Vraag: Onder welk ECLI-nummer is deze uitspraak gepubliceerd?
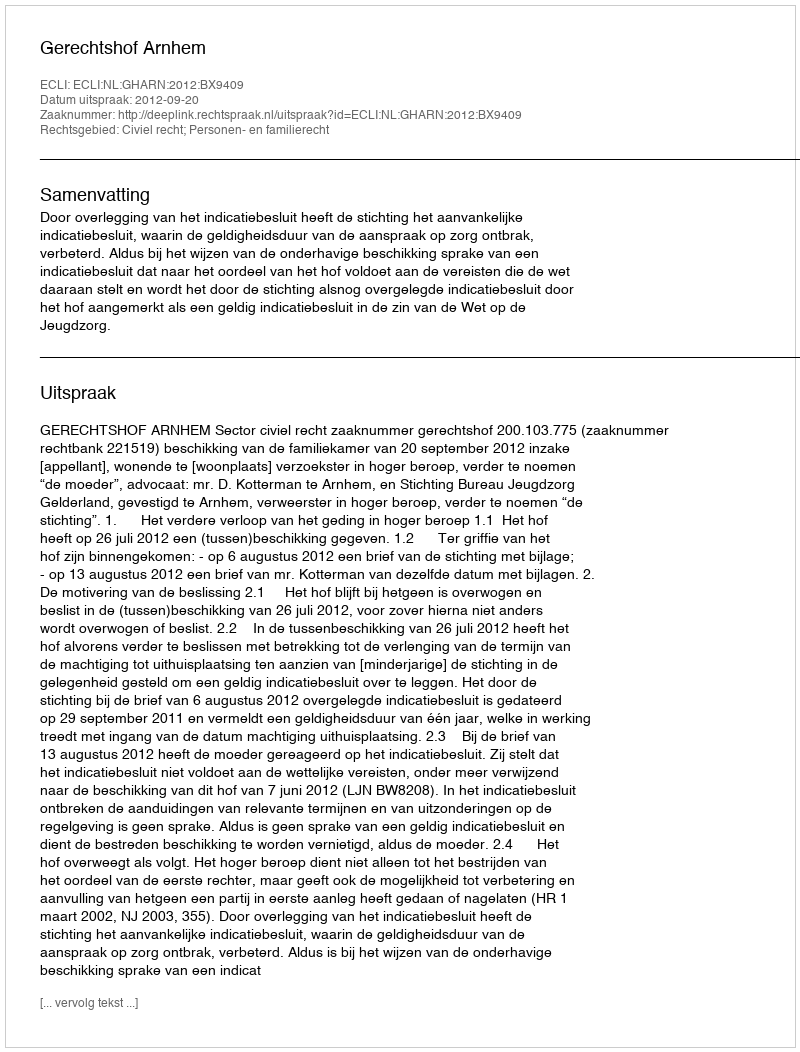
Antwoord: ECLI:NL:GHARN:2012:BX9409